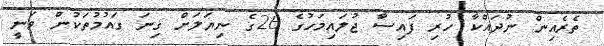
ތެރެއިން ނުދައްކާ ހުރި ފައިސާ ޖުލައިމަހުގެ 26ގެ ނިޔަލަށް ގިނަ ގައުމުތަކުން ވަނީ